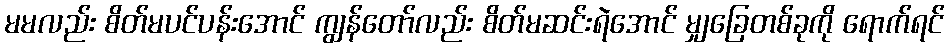
မမလည်း စိတ်မပင်ပန်းအောင် ကျွန်တော်လည်း စိတ်မဆင်းရဲအောင် မျှခြေတစ်ခုကို ရောက်ရင်